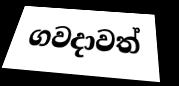
ගවදාවත්